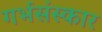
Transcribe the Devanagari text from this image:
गर्भसंस्कार